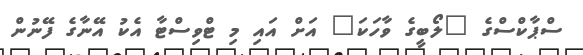
ސްޕާކްސްގެ "ލޯބީގެ ވާހަކަ" އަށް އައި މި ޓްވިސްޓާ އެކު އޭނާގެ ފޭނުން